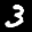
Label: 3